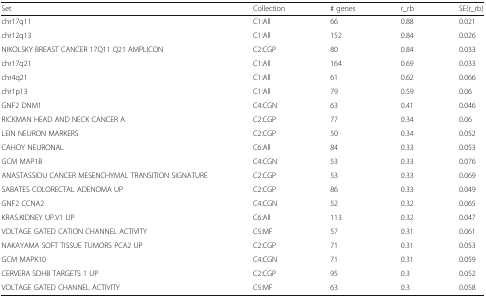
| Set | Collection | # genes | r_rb | SE(r_rb) |
 | --- | --- | --- | --- | --- |
 | chr17q11 | C1:All | 66 | 0.88 | 0.021 |
 | chr12q13 | C1:All | 152 | 0.84 | 0.026 |
 | NIKOLSKY BREAST CANCER 17Q11 Q21 AMPLICON | C2:CGP | 80 | 0.84 | 0.033 |
 | chr17q21 | C1:All | 164 | 0.69 | 0.033 |
 | chr4q21 | C1:All | 61 | 0.62 | 0.066 |
 | chr1p13 | C1:All | 79 | 0.59 | 0.06 |
 | GNF2 DNM1 | C4:CGN | 63 | 0.41 | 0.046 |
 | RICKMAN HEAD AND NECK CANCER A | C2:CGP | 77 | 0.34 | 0.06 |
 | LEIN NEURON MARKERS | C2:CGP | 50 | 0.34 | 0.052 |
 | CAHOY NEURONAL | C6:All | 84 | 0.33 | 0.053 |
 | GCM MAP1B | C4:CGN | 53 | 0.33 | 0.076 |
 | ANASTASSIOU CANCER MESENCHYMAL TRANSITION SIGNATURE | C2:CGP | 53 | 0.33 | 0.069 |
 | SABATES COLORECTAL ADENOMA UP | C2:CGP | 86 | 0.33 | 0.049 |
 | GNF2 CCNA2 | C4:CGN | 52 | 0.32 | 0.065 |
 | KRAS.KIDNEY UP.V1 UP | C6:All | 113 | 0.32 | 0.047 |
 | VOLTAGE GATED CATION CHANNEL ACTIVITY | C5:MF | 57 | 0.31 | 0.061 |
 | NAKAYAMA SOFT TISSUE TUMORS PCA2 UP | C2:CGP | 71 | 0.31 | 0.053 |
 | GCM MAPK10 | C4:CGN | 71 | 0.31 | 0.059 |
 | CERVERA SDHB TARGETS 1 UP | C2:CGP | 95 | 0.3 | 0.052 |
 | VOLTAGE GATED CHANNEL ACTIVITY | C5:MF | 63 | 0.3 | 0.058 |